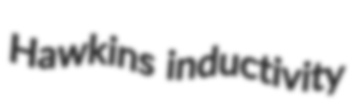
Hawkins inductivity